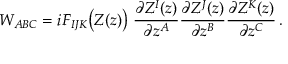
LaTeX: { \cal W } _ { A B C } = i F _ { I J K } \big ( Z ( z ) \big ) \; { \frac { \partial Z ^ { I } ( z ) } { \partial z ^ { A } } } { \frac { \partial Z ^ { J } ( z ) } { \partial z ^ { B } } } { \frac { \partial Z ^ { K } ( z ) } { \partial z ^ { C } } } \, .